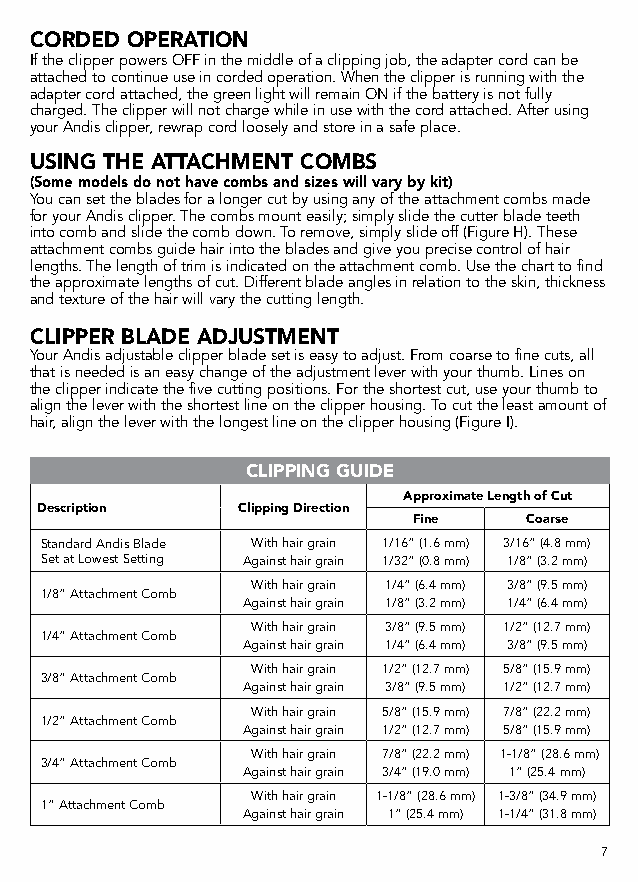
CORDED OPERATION
 If the clipper powers OFF in the middle of a clipping job, the adapter cord can be
 attached to continue use in corded operation. When the clipper is running with the
 adapter cord attached, the green light will remain ON if the battery is not fully
 charged. The clipper will not charge while in use with the cord attached. After using
 your Andis clipper, rewrap cord loosely and store in a safe place.
 USING THE ATTACHMENT COMBS
 (Some models do not have combs and sizes will vary by kit)
 You can set the blades for a longer cut by using any of the attachment combs made
 for your Andis clipper. The combs mount easily; simply slide the cutter blade teeth
 into comb and slide the comb down. To remove, simply slide off (Figure H). These
 attachment combs guide hair into the blades and give you precise control of hair
 lengths. The length of trim is indicated on the attachment comb. Use the chart to find
 the approximate lengths of cut. Different blade angles in relation to the skin, thickness
 and texture of the hair will vary the cutting length.
 CLIPPER BLADE ADJUSTMENT
 Your Andis adjustable clipper blade set is easy to adjust. From coarse to fine cuts, all
 that is needed is an easy change of the adjustment lever with your thumb. Lines on
 the clipper indicate the five cutting positions. For the shortest cut, use your thumb to
 align the lever with the shortest line on the clipper housing. To cut the least amount of
 hair, align the lever with the longest line on the clipper housing (Figure I).
 CLIPPING GUIDE
 Approximate Length of Cut
 Description   Clipping Direction
 Fine    Coarse
 Standard Andis Blade With hair grain 1/16” (1.6 mm) 3/16” (4.8 mm)
 Set at Lowest Setting Against hair grain 1/32” (0.8 mm) 1/8” (3.2 mm)
 With hair grain 1/4” (6.4 mm) 3/8” (9.5 mm)
 1/8” Attachment Comb
 Against hair grain 1/8” (3.2 mm) 1/4” (6.4 mm)
 With hair grain 3/8” (9.5 mm) 1/2” (12.7 mm)
 1/4” Attachment Comb
 Against hair grain 1/4” (6.4 mm) 3/8” (9.5 mm)
 With hair grain 1/2” (12.7 mm) 5/8” (15.9 mm)
 3/8” Attachment Comb
 Against hair grain 3/8” (9.5 mm) 1/2” (12.7 mm)
 With hair grain 5/8” (15.9 mm) 7/8” (22.2 mm)
 1/2” Attachment Comb
 Against hair grain 1/2” (12.7 mm) 5/8” (15.9 mm)
 With hair grain 7/8” (22.2 mm) 1-1/8” (28.6 mm)
 3/4” Attachment Comb
 Against hair grain 3/4” (19.0 mm) 1” (25.4 mm)
 With hair grain 1-1/8” (28.6 mm) 1-3/8” (34.9 mm)
 1” Attachment Comb
 Against hair grain 1” (25.4 mm) 1-1/4” (31.8 mm)
 7